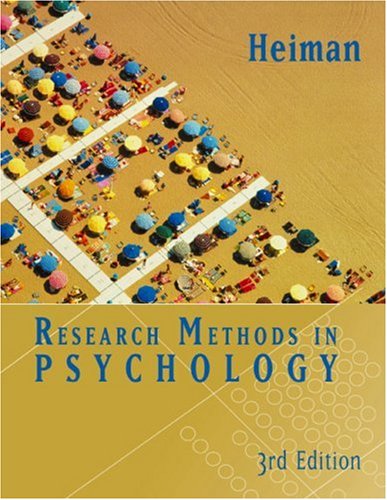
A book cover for Research Methods in Psychology; Gary W. Heiman; Medical Books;